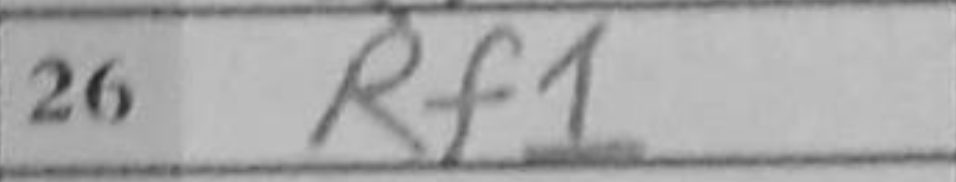
Transcription: Rf1